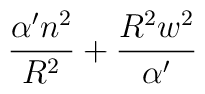
\frac{\alpha 'n^2}{R^2}+                   \frac{R^2w^2}{\alpha '}